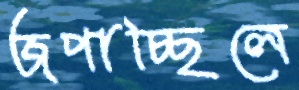
জপাচ্ছিলে